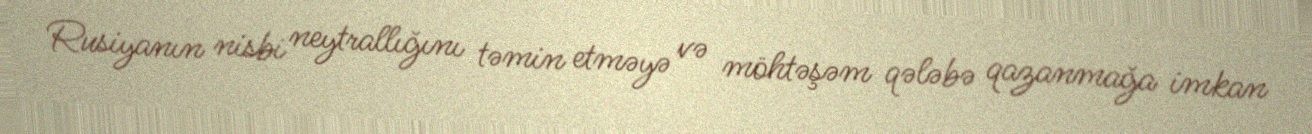
Rusiyanın nisbi neytrallığını təmin etməyə və möhtəşəm qələbə qazanmağa imkan